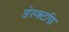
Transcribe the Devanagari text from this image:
डेस्क्टॉफ